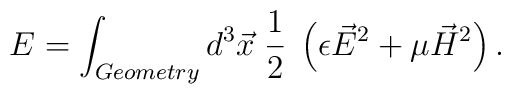
E=\int_{Geometry} d^3 \vec{x} \; \frac{1}{2} \;\left( \epsilon \vec{E}^2  + \mu \vec{H}^2 \right).